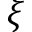
\xi